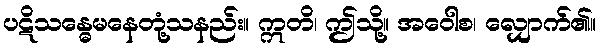
ပဋိသန္ဓေမနေတုံ့သနည်း။ ဣတိ၊ ဤသို့။ အဝေါစ၊ လျှောက်၏။